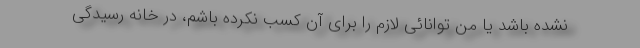
نشده باشد یا من توانائی لازم را برای آن کسب نکرده باشم، در خانه رسیدگی